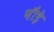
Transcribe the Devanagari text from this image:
थौड़े